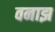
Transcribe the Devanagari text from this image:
वनाझ